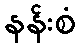
နန်းစံ